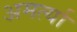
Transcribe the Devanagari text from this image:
अमर्त्या